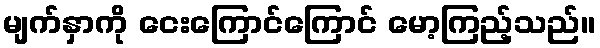
မျက်နှာကို ငေးကြောင်ကြောင် မော့ကြည့်သည်။